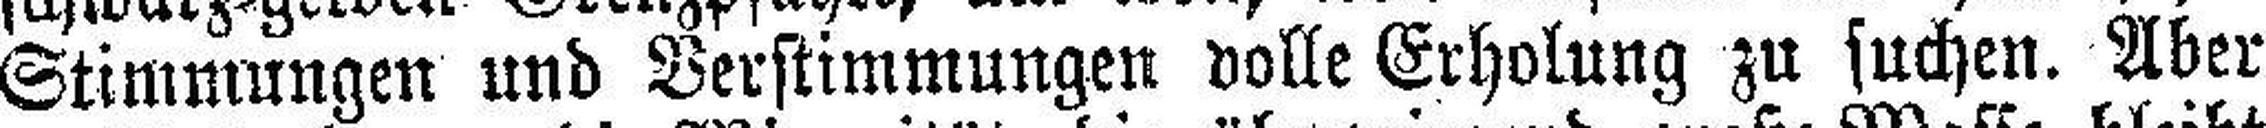
Stimmungen und Verstimmungen volle Erholung zu suchen. Aber